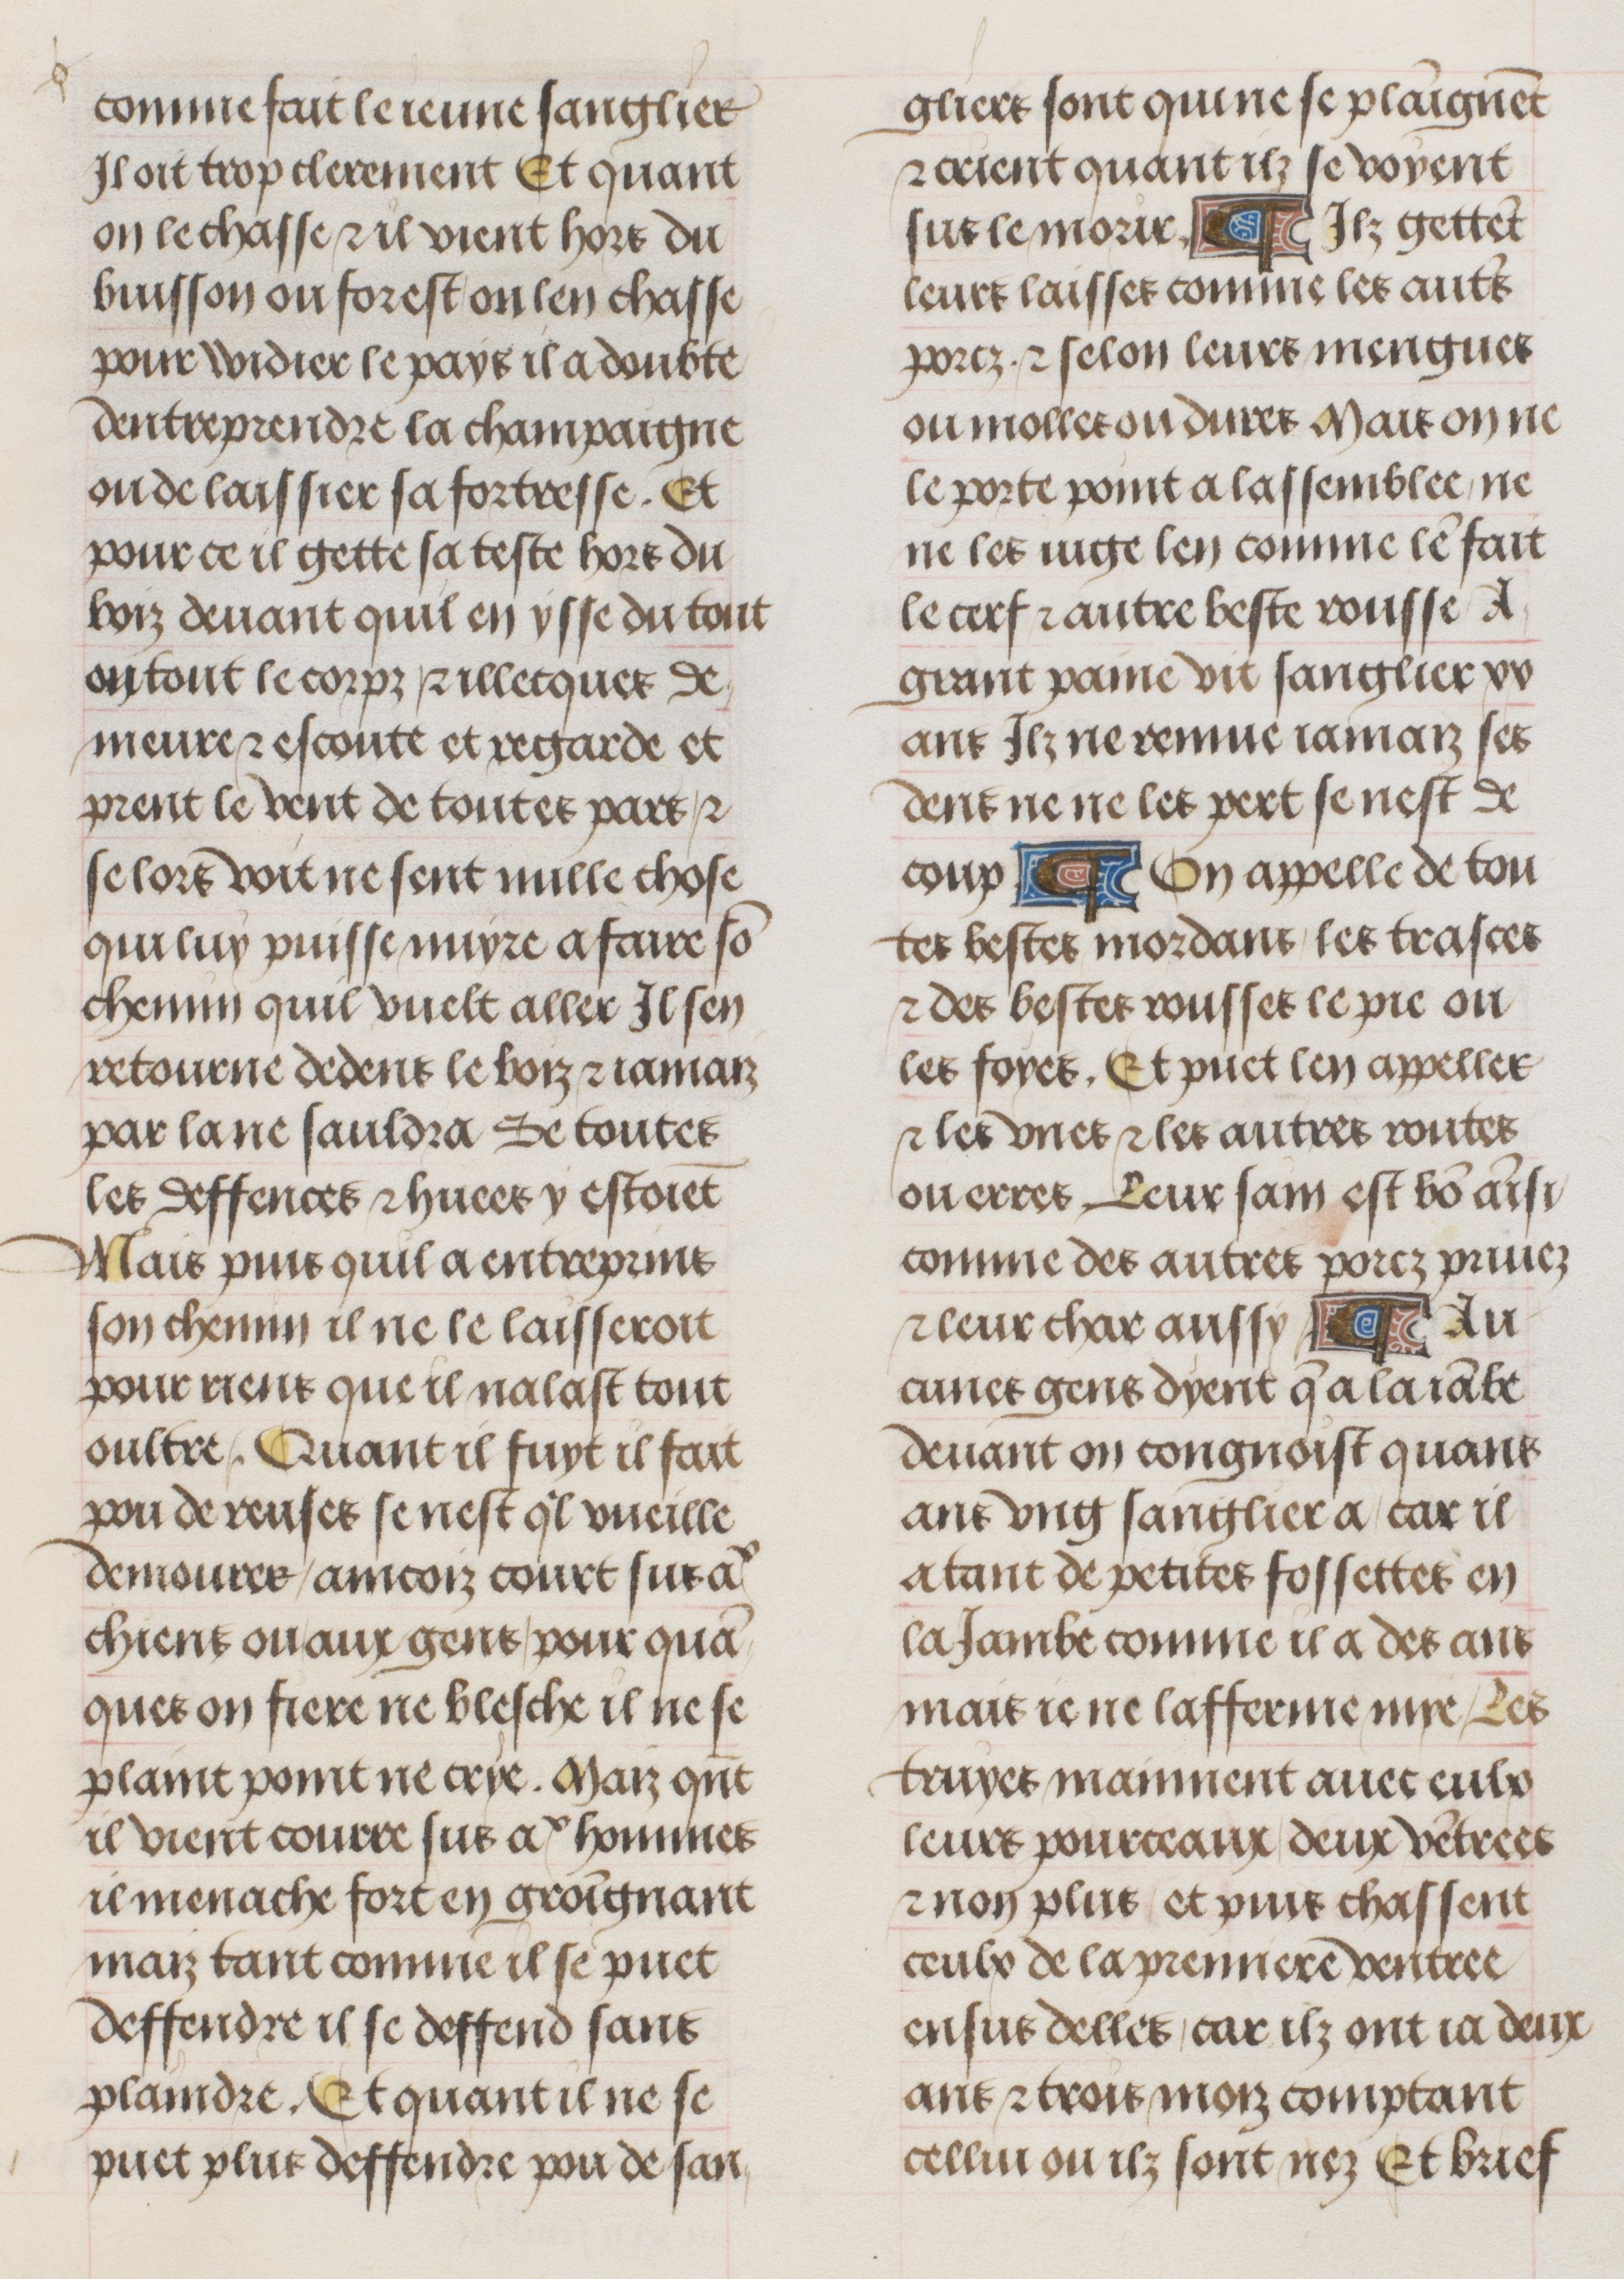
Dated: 1470–1500